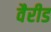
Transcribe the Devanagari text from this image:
वैरीड